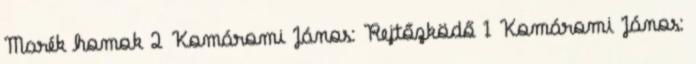
Marék homok 2 Komáromi János: Rejtőzködő 1 Komáromi János: